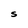
Character: S